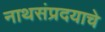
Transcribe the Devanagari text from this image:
नाथसंप्रदयाचे